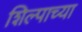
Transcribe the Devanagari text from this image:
शिल्पाच्या